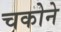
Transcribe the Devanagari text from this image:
चकोने